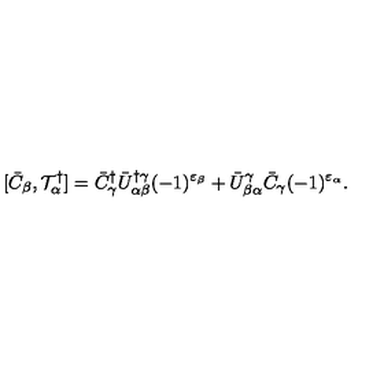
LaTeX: [ \bar { C } _ { \beta } , { \cal T } _ { \alpha } ^ { \dagger } ] = \bar { C } _ { \gamma } ^ { \dagger } \bar { U } _ { \alpha \beta } ^ { \dagger \gamma } ( - 1 ) ^ { \varepsilon _ { \beta } } + \bar { U } _ { \beta \alpha } ^ { \gamma } \bar { C } _ { \gamma } ( - 1 ) ^ { \varepsilon _ { \alpha } } .